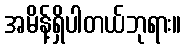
အမိန့်ရှိပါတယ်ဘုရား။